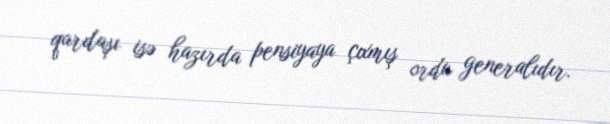
qardaşı isə hazırda pensiyaya çıxmış ordu generalıdır.